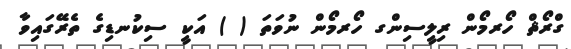
ގްރޯޘް ހޯރމޯން ރިލީސިންގ ހޯރމޯން ނުވަތަ ( ) އަކީ ސިކުނޑިގެ ތެރޭގައިވާ